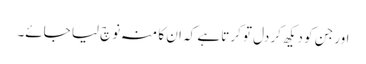
اور جن کو دیکھ کر دل تو کرتا ہے کہ ان کا منہ نوچ لیا جائے۔